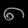
Digit: ၈